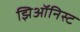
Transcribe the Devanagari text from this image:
झिऑनिस्ट